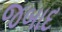
જબાદ